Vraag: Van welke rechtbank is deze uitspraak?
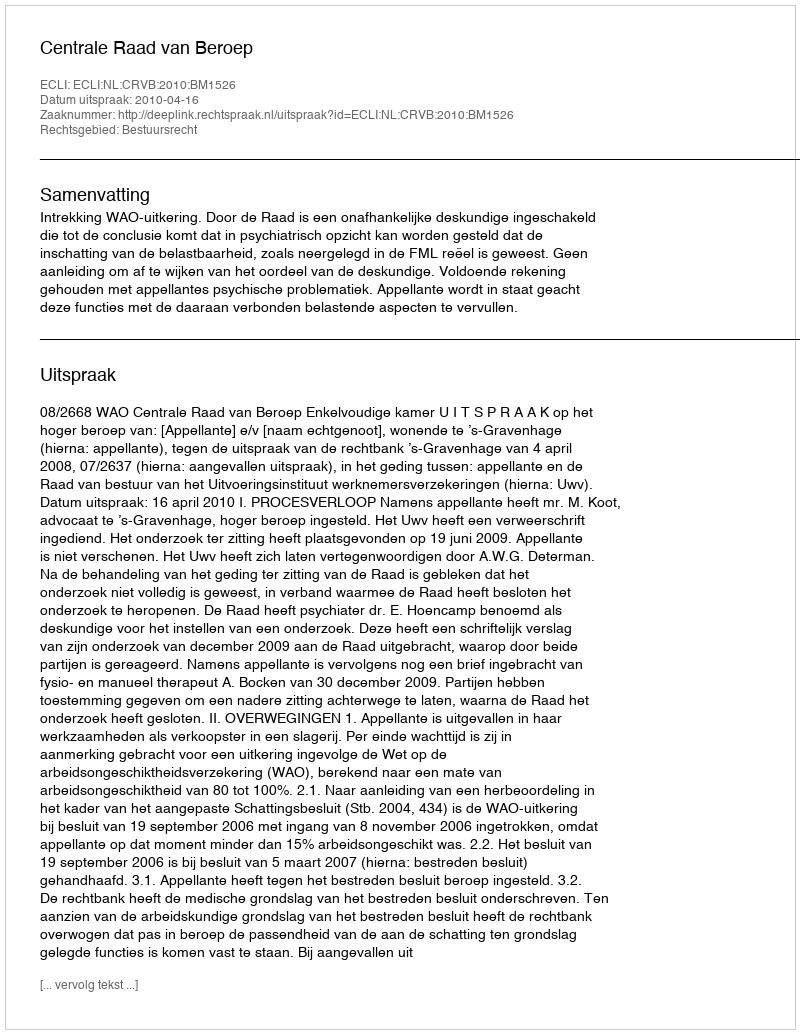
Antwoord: Centrale Raad van Beroep